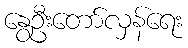
နွေဦးတော်လှန်ရေး